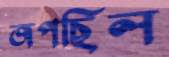
জপছিল